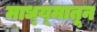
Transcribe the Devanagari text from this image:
माध्य्मातून